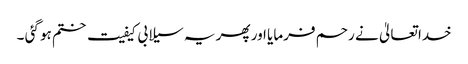
خدا تعالیٰ نے رحم فرمایا اور پھر یہ سیلابی کیفیت ختم ہو گئی ۔